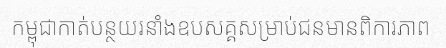
កម្ពុជាកាត់បន្ថយរនាំងឧបសគ្គសម្រាប់ជនមានពិការភាព